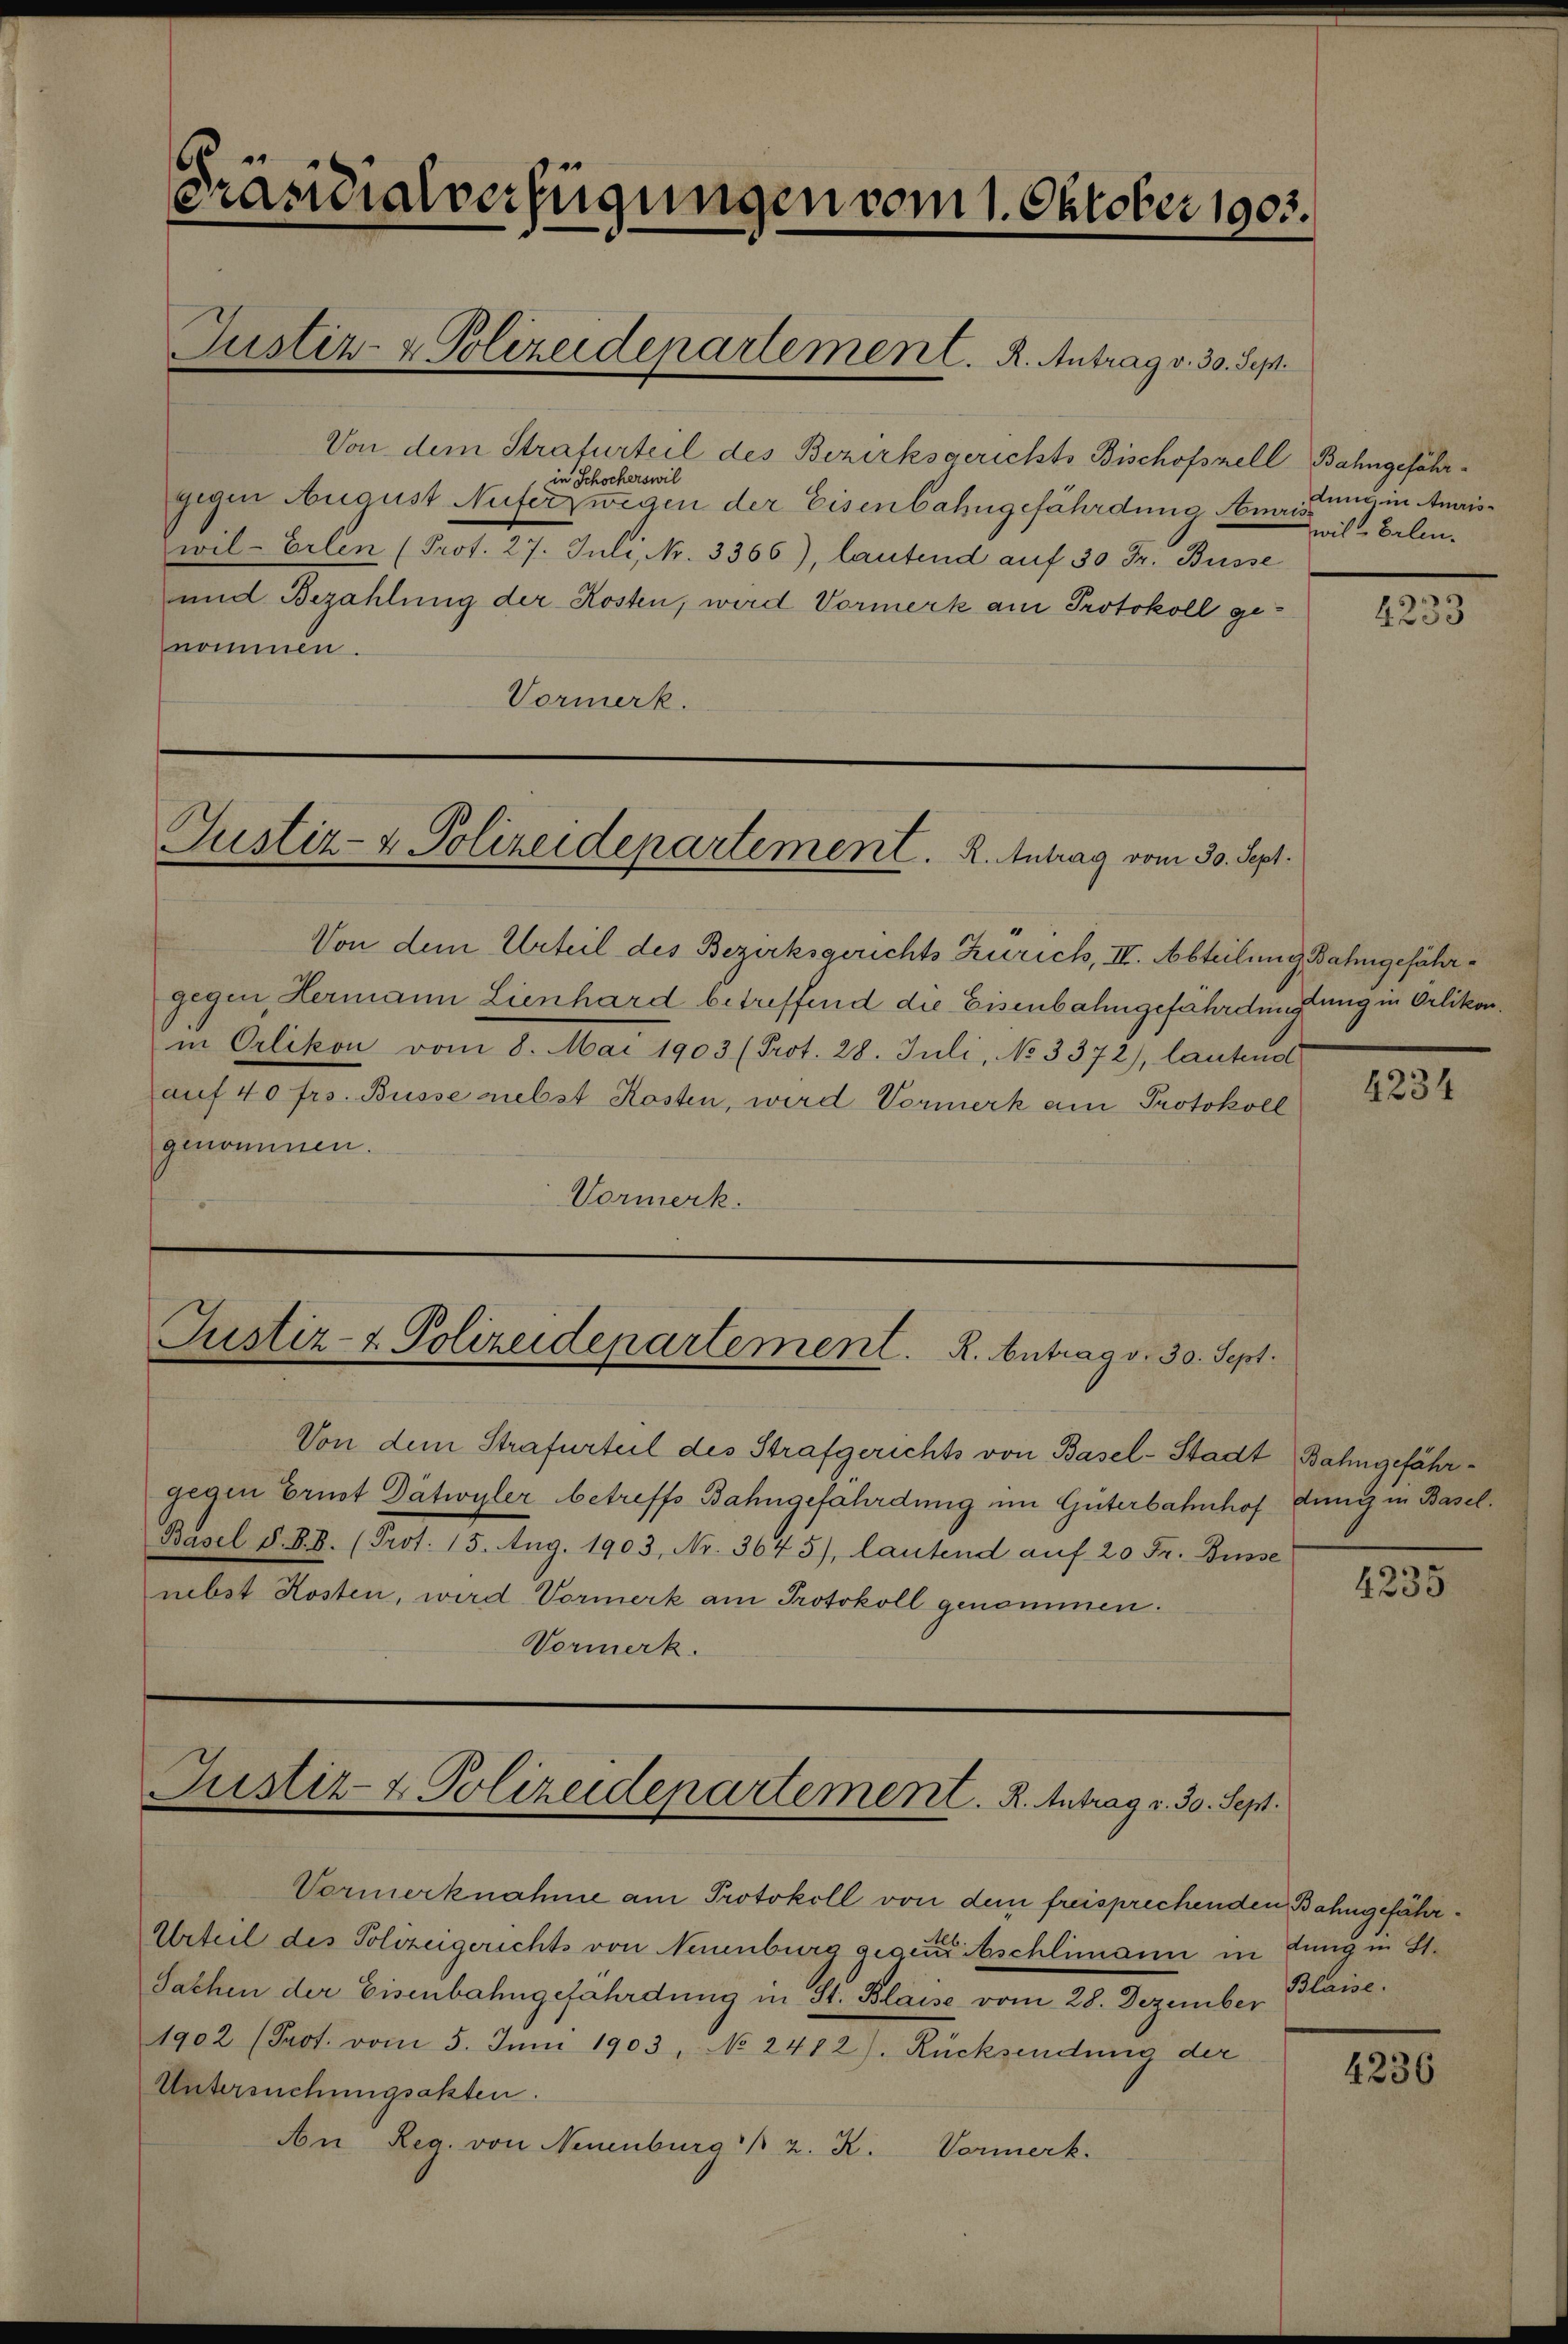
Präsidialverfügungen vom 1. Oktober 1903.
Justiz- & Polizeidepartement. R. Antrag v. 30. Sept.
Von dem Strafurteil des Bezirksgerichts Bischofszell
gegen August Nufer in Schocherswil wegen der Eisenbahngefährdung Amris¬
wil-Erlen (Prot. 27. Juli, Nr. 3366), lautend auf 30 Fr. Busse
und Bezahlung der Kosten, wird Vormerk am Protokoll ge¬
nommen.
Vormerk.
Justiz- & Polizeidepartement. R. Antrag vom 30. Sept.
Von dem Urteil des Bezirksgerichts Zürich, IV. Abteilung,
gegen Hermann Lienhard betreffend die Eisenbahngefährdung
in Örlikon vom 8. Mai 1903 (Prot. 28. Juli, No 3372), lautend
auf 40 frs. Busse nebst Kosten, wird Vormerk am Protokoll
genommen.
Vormerk.
Justiz- & Polizeidepartement. R. Antrag v. 30. Sept.
Von dem Strafurteil des Strafgerichts von Basel-Stadt
gegen Ernst Dätwyler betreffs Bahngefährdung im Güterbahnhof
Basel S.B.B. (Prot. 15. Aug. 1903, Nr. 3645), lautend auf 20 Fr. Busse
nebst Kosten, wird Vormerk am Protokoll genommen.
Vormerk.
Justiz- & Polizeidepartement. R. Antrag v. 30. Sept.
Vormerknahme am Protokoll von dem freisprechenden
Urteil des Polizeigerichts von Neuenburg gegen Alb. Äschlimann in
Sachen der Eisenbahngefährdung in St. Blaise vom 28. Dezember
1902 (Prot. vom 5. Juni 1903, No 2482). Rücksendung der
Untersuchungsakten.
An Reg. von Neuenburg ⁒ z. K. Vormerk.

Bahngefähr¬
dung in Amris¬
wil-Erlen
4233

Bahngefähr¬
dung in Örlikon.
4234

Bahngefähr¬
dung in Basel.
4235

Bahngefähr¬
dung in St.
Blaise.
4236